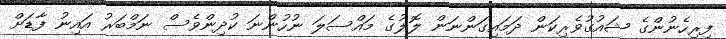
ފިރިހެނުންގެ ޝައުގުވެރިކަން ދަމައިގަންނަން ލޮލުގެ މައްސަލަ ނުހުންނަ ކުދިންވެސް ނަމްބަރު އައިނު ފާޑަށް